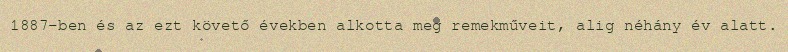
1887-ben és az ezt követő években alkotta meg remekműveit, alig néhány év alatt.